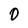
Character: O